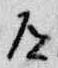
道